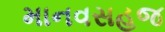
માનવસહજ